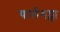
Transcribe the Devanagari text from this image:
यार्लगड्डा